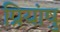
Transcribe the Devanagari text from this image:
प्रियांषु